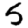
Digit: 5